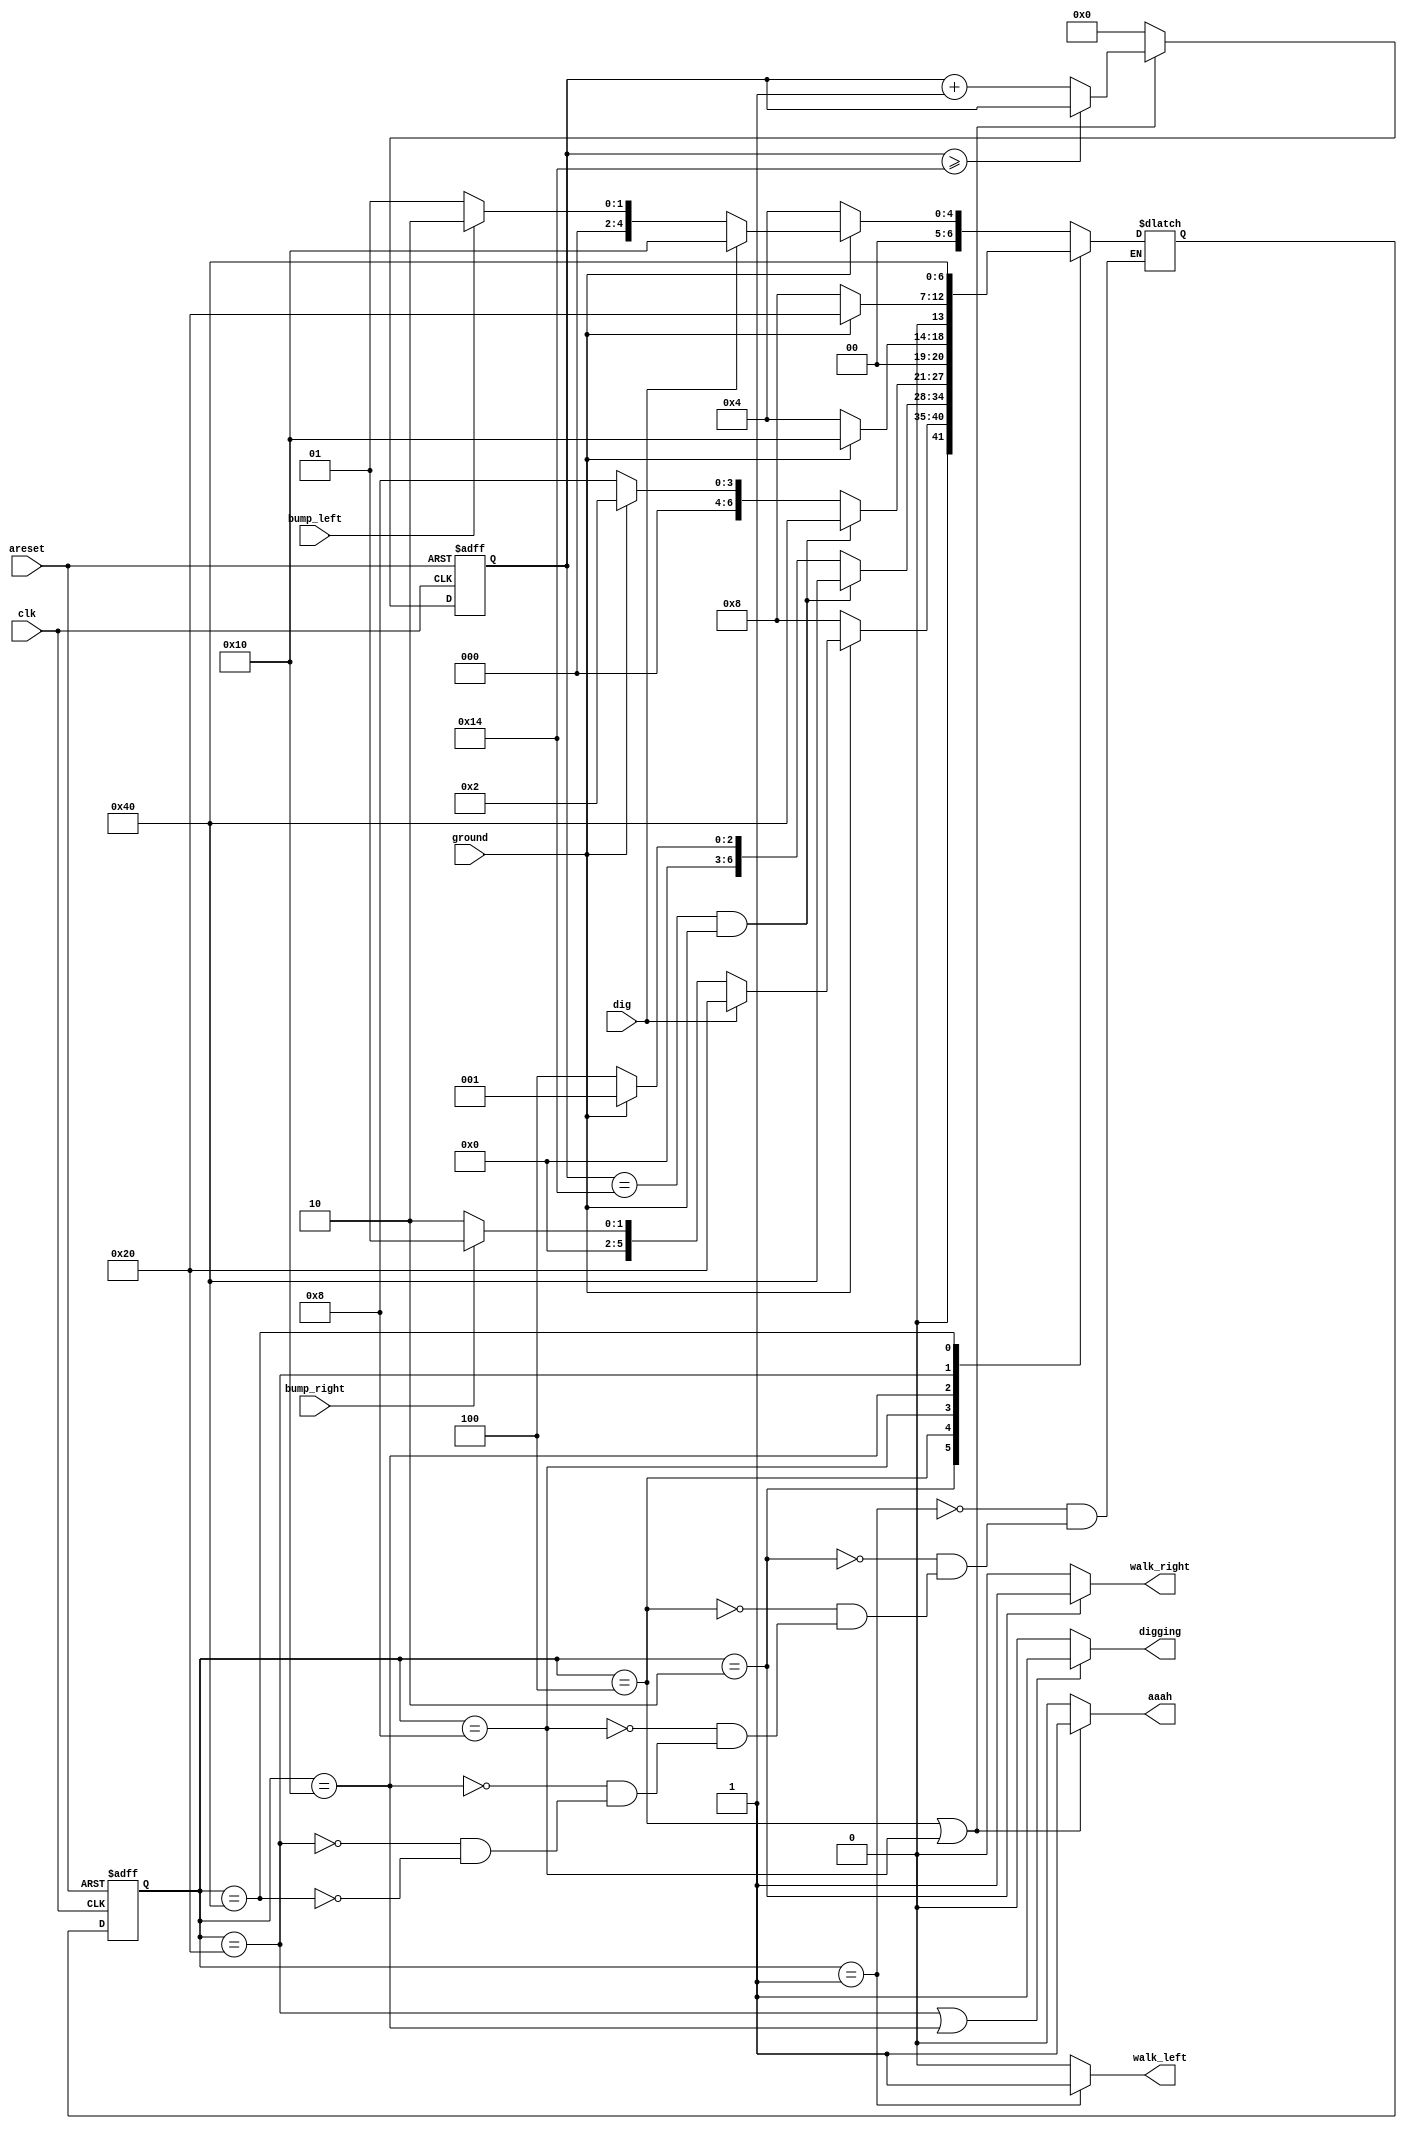
module top_module(
    input clk,
    input areset,    // Freshly brainwashed Lemmings walk left.
    input bump_left,
    input bump_right,
    input ground,
    input dig,
    output walk_left,
    output walk_right,
    output aaah,
    output digging ); 
    reg [4:0]count;
    parameter state_left=7'b0000_001;
    parameter state_right=7'b0000_010;
    parameter fall_left=7'b0000_100;
    parameter fall_right=7'b0001_000;
    parameter dig_left=7'b0010_000;
    parameter dig_right=7'b0100_000;
    parameter splat=7'b1000_000;
    reg[6:0]state;
    reg[6:0]next_state;
    always @(posedge clk or posedge areset) begin
        
        if (areset) begin
            state<=state_left;
            count<=5'd0;
        end
        else begin
            state<=next_state;
            if (state==fall_left|state==fall_right) begin
            if (count>=5'd20) begin
                count<=count;
            end
            else begin
                count<=count+1'b1;
            end
        end
        else begin
            count<=5'b0;
        end
        end
        
    end
    always @(*) begin
        case(state)
            state_left:begin
                if (!ground) begin
                    next_state=fall_left;
                end
                else if (dig)begin
                    next_state=dig_left;
                end
                else if(bump_left)begin
                    next_state=state_right;
                end
                else begin
                    next_state=state_left;
                end
            end
            state_right:begin
                if (!ground) begin
                    next_state=fall_right;
                end
                else if (dig)begin
                    next_state=dig_right;
                end
                else if(bump_right)begin
                    next_state=state_left;
                end
                else begin
                    next_state=state_right;
                end
            end
            fall_left:begin
                if (count==5'd20&ground) begin
                    next_state=splat;
                end
                else if (ground) begin
                    next_state=state_left;
                end
                else begin
                    next_state=fall_left;
                end
                end
            
            fall_right:begin
                if (count==5'd20&ground) begin
                    next_state=splat;
                end
                else if (ground) begin
                    next_state=state_right;
                end
                else begin
                    next_state=fall_right;
                end
                end
            dig_left:begin
                if (!ground) begin
                    next_state=fall_left;
                end
                else begin
                    next_state=dig_left;
                end
                
            end
            dig_right:begin
                if (!ground) begin
                    next_state=fall_right;
                end
                else  begin
                    next_state=dig_right;
                end
                
            end
            splat:begin
                next_state=splat;
            end

        endcase
    end
    assign walk_left = (state==state_left)?1'b1:1'b0;
    assign walk_right = (state==state_right)?1'b1:1'b0;
    assign aaah = (state==fall_left|state==fall_right)?1'b1:1'b0;
    assign digging =(state==dig_right|state==dig_left)?1'b1:1'b0 ;
endmodule